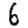
Digit: 6